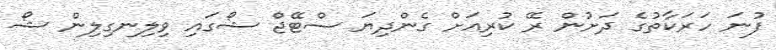
ފުނަ ހަރަކާތުގެ ދަށުން ރޭ ކުރިއަށް ގެންދިޔަ ސްޓޭޖް ޝޯގައި ވިލިނގިލިން ޝޯ